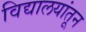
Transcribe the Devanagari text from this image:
विद्यालयांतून